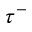
\tau ^ { - }